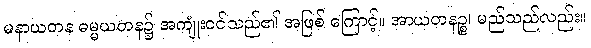
မနာယတန ဓမ္မယတန၌ အကျုံးဝင်သည်၏ အဖြစ် ကြောင့်။ အာယတနဉ္စ၊ မည်သည်လည်း။